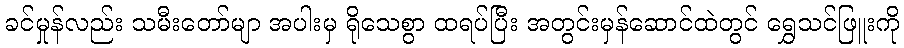
ခင်မှုန်လည်း သမီးတော်မျာ အပါးမှ ရိုသေစွာ ထရပ်ပြီး အတွင်းမှန်ဆောင်ထဲတွင် ရွှေသင်ဖြူးကို